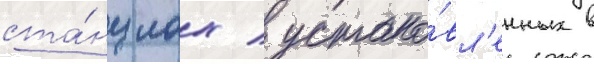
ста́нциах / устано́вл'енных в